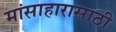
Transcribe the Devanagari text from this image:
मांसाहारासाठी